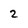
Character: 2